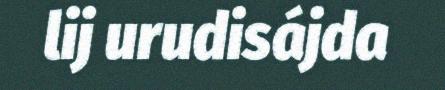
lij urudisájda